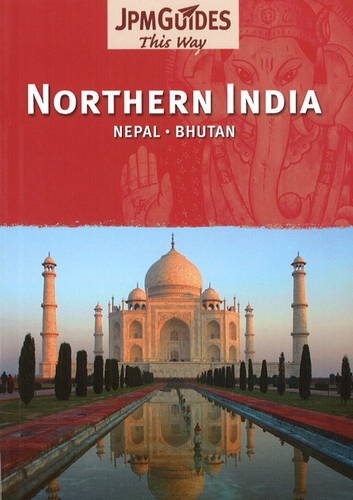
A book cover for Northern India: Nepal, Bhutan; Corinne Bloch; Travel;